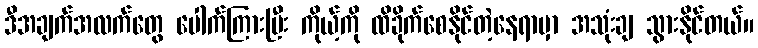
ဒီအချက်အလက်တွေ ပေါက်ကြားပြီး ကိုယ့်ကို ထိခိုက်စေနိုင်တဲ့နေရာမှာ အသုံးချ သွားနိုင်တယ်။